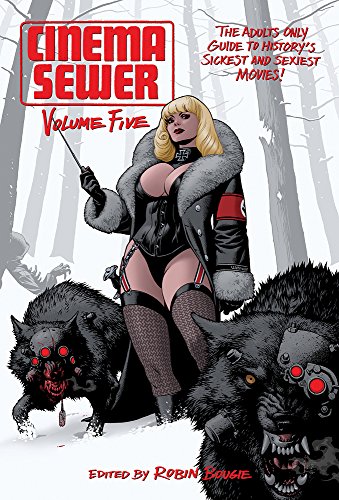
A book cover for Cinema Sewer Volume 5: The Adults Only Guide to History's Sickest and Sexiest Movies!; Comics & Graphic Novels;